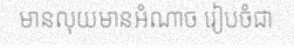
មានលុយមានអំណាច រៀបចំជា